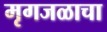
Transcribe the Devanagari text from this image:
मृगजळाचा